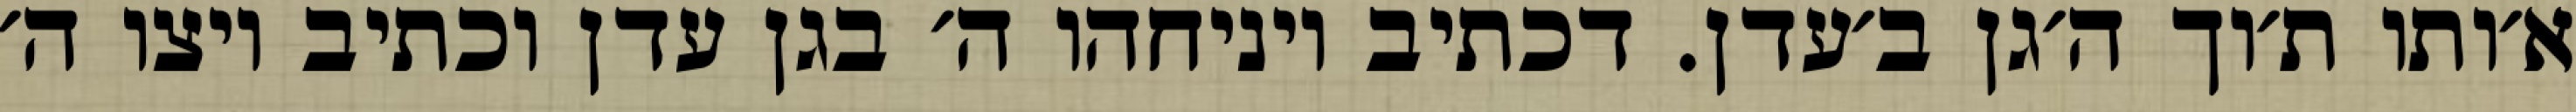
א׳ותו ת׳וך ה׳גן ב׳עדן. דכתיב ויניחהו ה׳ בגן עדן וכתיב ויצו ה׳